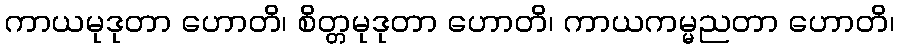
ကာယမုဒုတာ ဟောတိ၊ စိတ္တမုဒုတာ ဟောတိ၊ ကာယကမ္မညတာ ဟောတိ၊